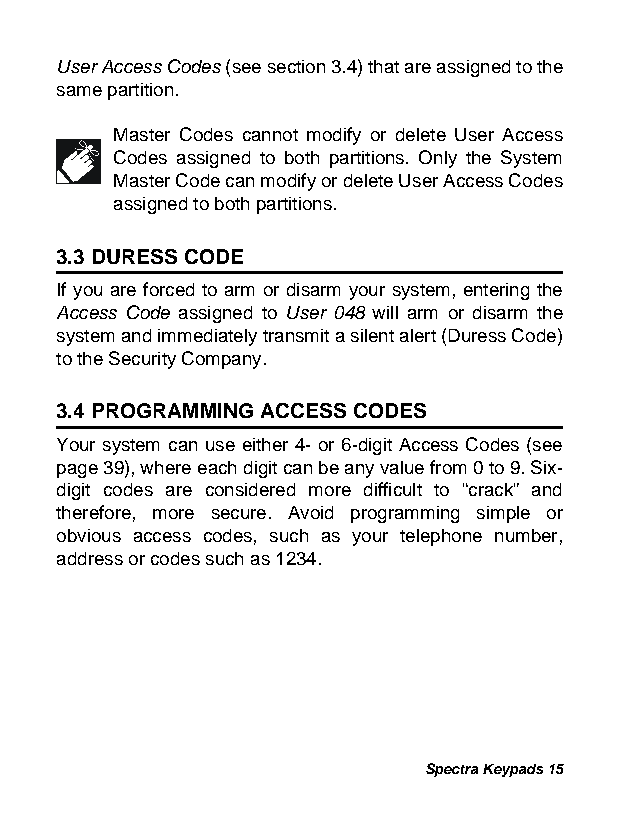
User Access Codes (see section 3.4) that are assigned to the
 same partition.
 Master Codes cannot modify or delete User Access
 Codes assigned to both partitions. Only the System
 Master Code can modify or delete User Access Codes
 assigned to both partitions.
 3.3 DURESS CODE
 If you are forced to arm or disarm your system, entering the
 Access Code assigned to User 048 will arm or disarm the
 system and immediately transmit a silent alert (Duress Code)
 to the Security Company.
 3.4 PROGRAMMING ACCESS CODES
 Your system can use either 4- or 6-digit Access Codes (see
 page39), where each digit can be any value from 0 to 9. Six-
 digit codes are considered more difficult to “crack” and
 therefore, more secure. Avoid programming simple or
 obvious access codes, such as your telephone number,
 address or codes such as 1234.
 Spectra Keypads 15